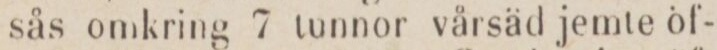
sås omkring 7 tunnor vårsäd jemte öf-